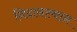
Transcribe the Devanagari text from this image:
निदानस्थान